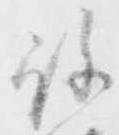
許